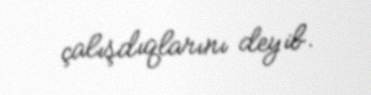
çalışdıqlarını deyib.